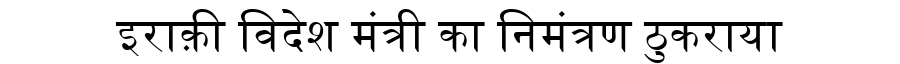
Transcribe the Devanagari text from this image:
इराक़ी विदेश मंत्री का निमंत्रण ठुकराया